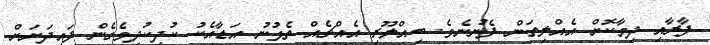
ފާރާއި ދިމާކޮށް އެއްލިތަން ފެނުނެވެ. ބިއްލޫރި އެއްޗެއް ތެޅުނު އަޑާއެކު ކުދިކުދިވެގެން ފައިދަށަށް